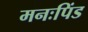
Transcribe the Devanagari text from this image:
मनःपिंड